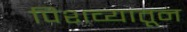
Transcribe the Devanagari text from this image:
पिशव्यातून